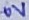
Text: 0V